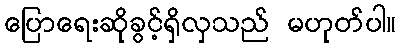
ပြောရေးဆိုခွင့်ရှိလှသည် မဟုတ်ပါ။